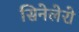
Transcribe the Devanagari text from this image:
सिनेलेरो